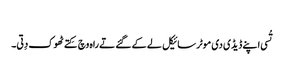
‏
تُسی اپنے ڈیڈی دی موٹر سائیکل لے کے گئے تے راہ وچ کِتے ٹھوک دِتی۔